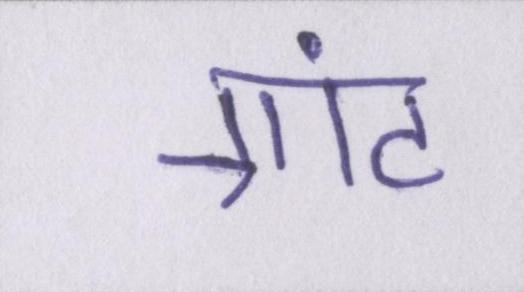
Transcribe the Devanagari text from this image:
ग्रांट